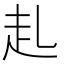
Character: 𧺇